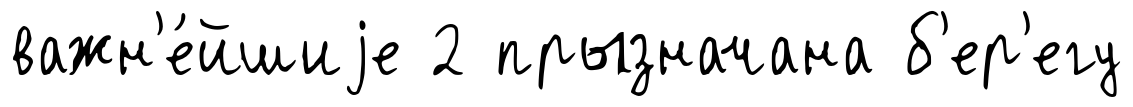
важн'е́йшиjе 2 прызначана б'ер'егу